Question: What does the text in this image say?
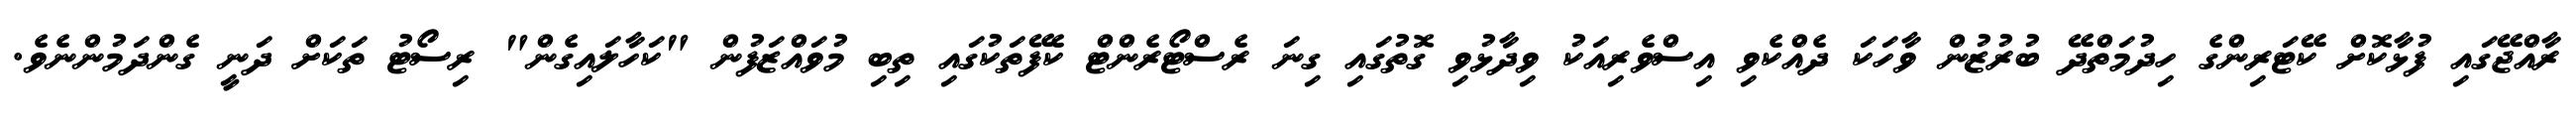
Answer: ރާއްޖޭގައި ފުޅާކޮށް ކޭޓަރިންގެ ހިދުމަތްދޭ ބުރުޒުން ވާހަކަ ދެއްކެވި އިސްވެރިއަކު ވިދާޅުވި ގޮތުގައި ގިނަ ރެސްޓޯރެންޓް ކެފޭތަކުގައި ތިބި މުވައްޒަފުން "ކަހާލައިގެން" ރިސޯޓު ތަކަށް ދަނީ ގެންދަމުންނެވެ.